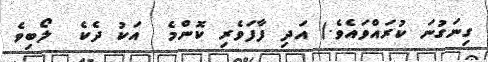
ގިނަގުނަ ކުރައްވައެވެ.) އަދި ފާފަވެރި ކޮންމެ  އަކު ދެކެ  ލޯބިވެ